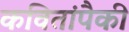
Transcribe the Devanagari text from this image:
कवितांपैकी